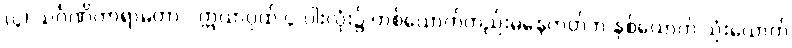
(၄) သင်္ဂဏိကာရာမတာ - ဣယာပုထ် ၄-ပါးလုံး၌ တစ်ယောက်တည်းမနေတတ်ဘဲ နှစ်ယောက် သုံးယောက်